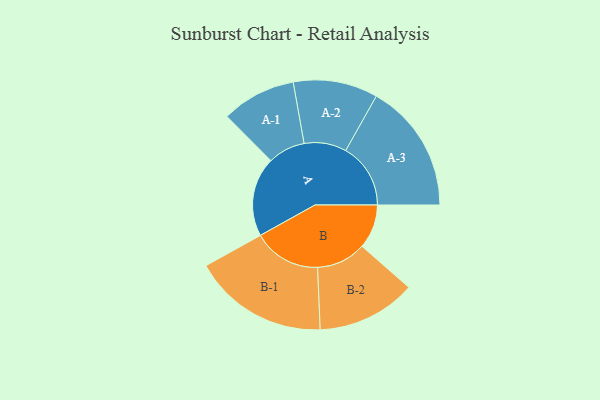
{"axis": {"x": "Segment", "y": "Value"}, "legend": ["", "A", "B"], "data": [{"x": "A", "y": 333, "type": ""}, {"x": "B", "y": 185, "type": ""}, {"x": "A-1", "y": 156, "type": "A"}, {"x": "A-2", "y": 177, "type": "A"}, {"x": "A-3", "y": 272, "type": "A"}, {"x": "B-1", "y": 284, "type": "B"}, {"x": "B-2", "y": 208, "type": "B"}]}